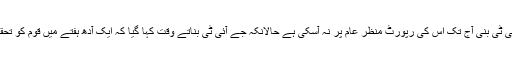
ڈان لیکس کے مسئلہ پر جے آئی ٹی بنی آج تک اس کی رپورٹ منظر عام پر نہ آسکی ہے حالانکہ جے آئی ٹی بناتے وقت کہا گیا کہ ایک آدھ ہفتے میں قوم کو تحقیقات سے آگاہ کر دیا جائے گا۔